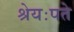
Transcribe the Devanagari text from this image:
श्रेयःपते